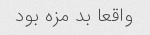
واقعا بد مزه بود